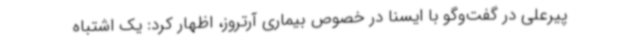
پیرعلی در گفت‌وگو با ایسنا در خصوص بیماری آرتروز، اظهار کرد: یک اشتباه